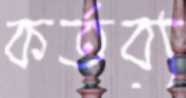
কর্তব্য